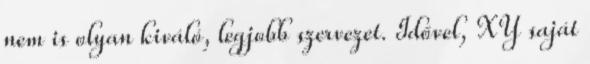
nem is olyan kiváló, legjobb szervezet. Idővel, XY saját